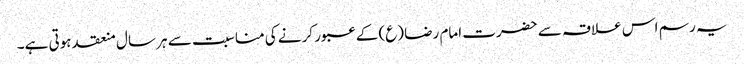
یہ رسم اس علاقہ سے حضرت امام رضا (ع) کے عبور کرنے کی مناسبت سے ہر سال منعقد ہوتی ہے۔